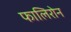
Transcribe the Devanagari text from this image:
फालिरोन